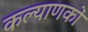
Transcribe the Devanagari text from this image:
कल्याणकों